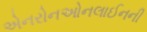
એનરોનઓનલાઈનની